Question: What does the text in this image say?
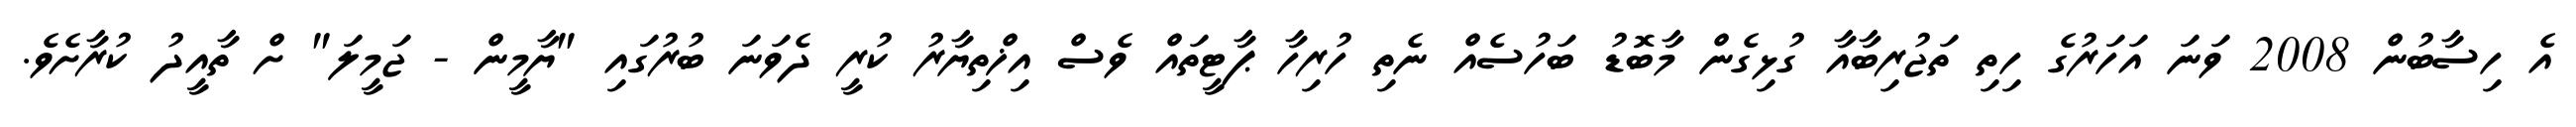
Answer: އެ ހިސާބުން 2008 ވަނަ އަހަރުގެ ހިތި ތަޖުރިބާއާ ގުޅިގެން މާބޮޑު ބަހުސެއް ނެތި ހުރިހާ ޕާޓީތައް ވެސް އިޚްތިޔާރު ކުރީ ދެވަނަ ބުރުގައި "ޔާމީން - ޖަމީލަ" ށް ތާއީދު ކުރާށެވެ.